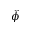
\hat { \phi }